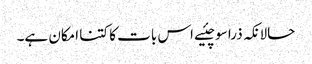
حالانکہ ذرا سوچئیے اس بات کا کتنا امکان ہے۔